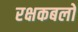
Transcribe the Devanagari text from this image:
रक्षकबलों